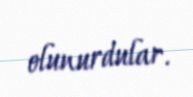
olunurdular.